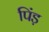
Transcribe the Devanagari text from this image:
पिंड़